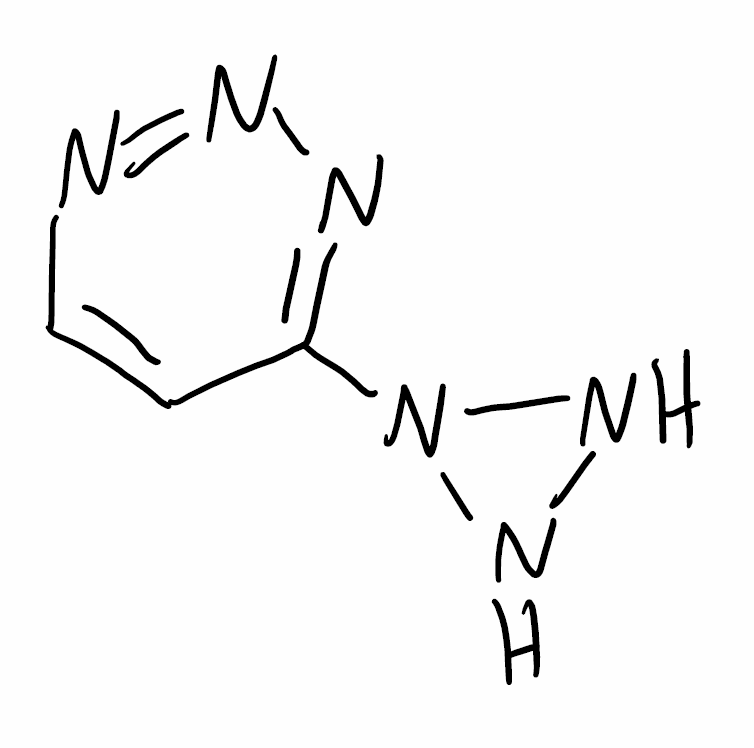
Simplified molecular-input line-entry system (SMILES) notation of the given molecule:
C1=CN=NN=C1N2NN2